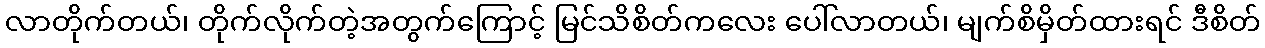
လာတိုက်တယ်၊ တိုက်လိုက်တဲ့အတွက်ကြောင့် မြင်သိစိတ်ကလေး ပေါ်လာတယ်၊ မျက်စိမှိတ်ထားရင် ဒီစိတ်